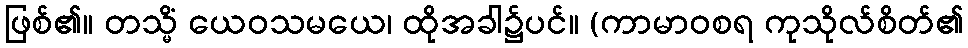
ဖြစ်၏။ တသ္မိံ ယေဝသမယေ၊ ထိုအခါ၌ပင်။ (ကာမာဝစရ ကုသိုလ်စိတ်၏